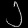
Digit: ၂